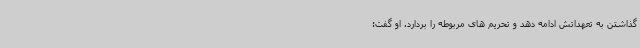
گذاشتن به تعهداتش ادامه دهد و تحریم های مربوطه را بردارد. او گفت: